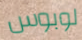
لوبوس